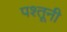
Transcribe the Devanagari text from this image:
पश्तूनी